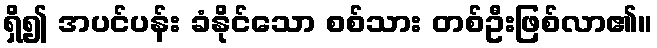
ရှိ၍ အပင်ပန်း ခံနိုင်သော စစ်သား တစ်ဦးဖြစ်လာ၏။